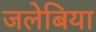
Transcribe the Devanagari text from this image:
जलेबिया